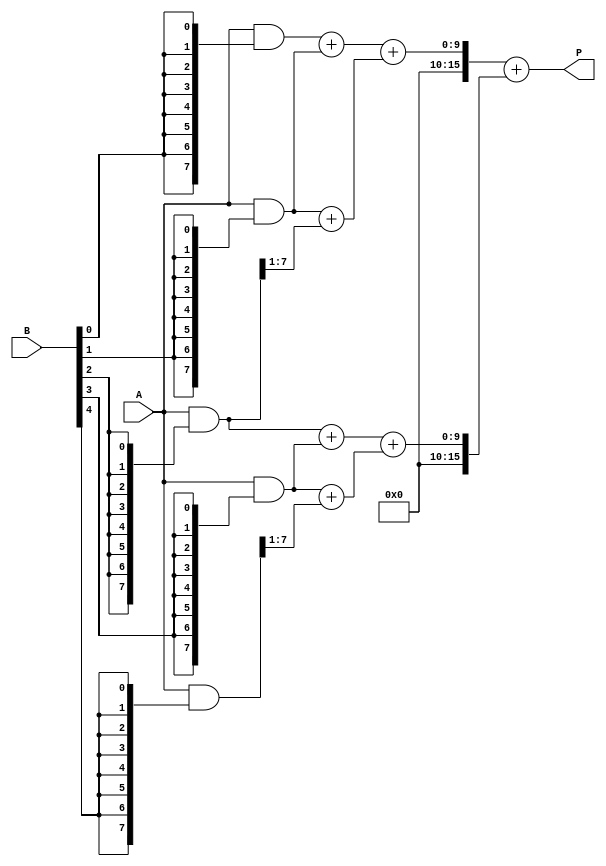
module wallace_tree_multiplier #(parameter N = 8) (
    input  wire [N-1:0] A, // Multiplicand
    input  wire [N-1:0] B, // Multiplier
    output wire [2*N-1:0] P // Product
);

    // Partial Product Generation
    wire [N-1:0] pp [0:N-1]; // Partial products
    genvar i;
    generate
        for (i = 0; i < N; i = i + 1) begin : pp_gen
            assign pp[i] = A & {N{B[i]}};
        end
    endgenerate

    // Wallace Tree Reduction
    wire [N+1:0] sum [0:N-1]; // Sums for Wallace tree
    wire [N-1:0] carry [0:N-1]; // Carries for Wallace tree

    // Stage 1 of Wallace Tree
    genvar j;
    generate
        for (j = 0; j < N-1; j = j + 1) begin : stage1
            if (j % 2 == 0) begin
                assign {carry[j], sum[j]} = pp[j] + pp[j+1];
            end else begin
                assign {carry[j], sum[j]} = pp[j] + {1'b0, pp[j+1][N-1:1]};
            end
        end
    endgenerate

    // Stage 2 and further reduction
    wire [N+1:0] final_sum [0:1];
    wire [N-1:0] final_carry [0:1];

    // Combine sums and carries from previous stages
    assign final_sum[0] = sum[0] + sum[1];
    assign final_carry[0] = carry[0];

    assign final_sum[1] = sum[2] + sum[3];
    assign final_carry[1] = carry[1];

    // Final addition to get the product
    wire [2*N-1:0] final_product;
    assign final_product = {final_carry[0], final_sum[0]} + {final_carry[1], final_sum[1]};

    // Output the product
    assign P = final_product;

endmodule